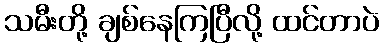
သမီးတို့ ချစ်နေကြပြီလို့ ထင်တာပဲ